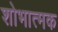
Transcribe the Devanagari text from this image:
शोभात्मक